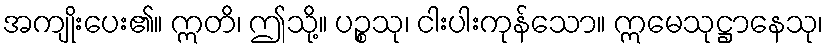
အကျိုးပေး၏။ ဣတိ၊ ဤသို့။ ပဉ္စသု၊ ငါးပါးကုန်သော။ ဣမေသုဋ္ဌာနေသု၊